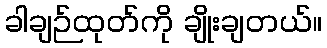
ခါချဉ်ထုတ်ကို ချိုးချတယ်။